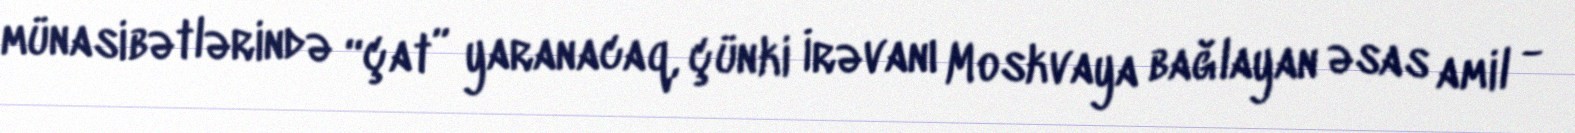
münasibətlərində “çat” yaranacaq, çünki İrəvanı Moskvaya bağlayan əsas amil -